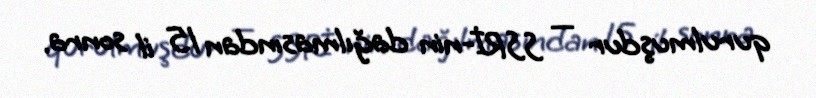
qurulmuşdur — SSRİ-nin dağılmasından 15 il sonra.